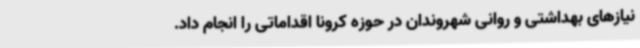
نیازهای بهداشتی و روانی شهروندان در حوزه کرونا اقداماتی را انجام داد.